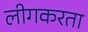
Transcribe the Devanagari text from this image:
लीगकरता